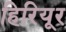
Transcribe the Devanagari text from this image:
हिरियूर